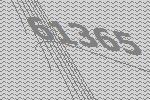
61365